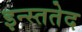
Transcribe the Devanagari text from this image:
इन्स्ततेद